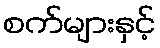
စက်များနှင့်